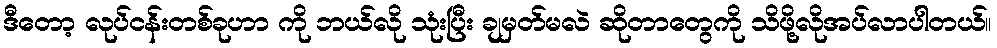
ဒီတော့ လုပ်ငန်းတစ်ခုဟာ ကို ဘယ်လို သုံးပြီး ချမှတ်မလဲ ဆိုတာတွေကို သိဖို့လိုအပ်လာပါတယ်။